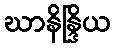
ဃာနိန္ဒြိယ